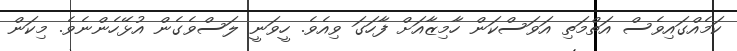
ކަމެއްގައިވެސް އަތްމަތި އަވަސްކަން ހާމިޒާއަށް ފާހަގަ ވިއެވެ. ހީވަނީ ލަސްވެގެން އުޅޭހެންނެވެ. މިކަން